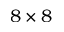
8 \times 8